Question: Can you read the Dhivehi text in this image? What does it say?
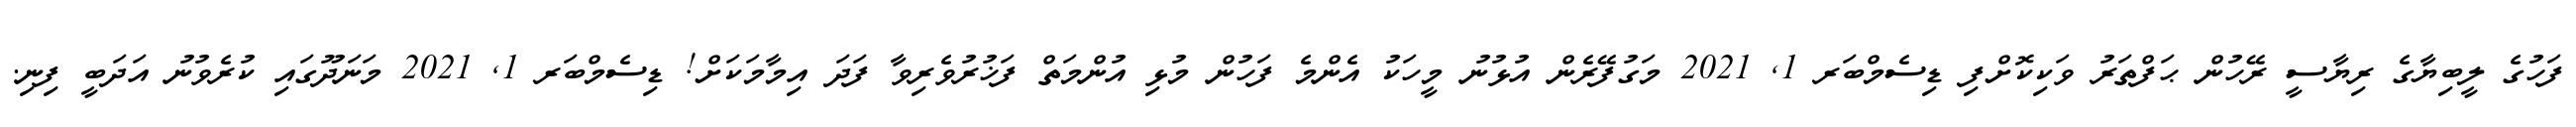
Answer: ފަހުގެ ލީބިޔާގެ ރިޔާސީ ރޭހުން ޙަފްތަރު ވަކިކޮށްފި ޑިސެމްބަރ 1, 2021 މަގުފޭރެން އުޅުނު މީހަކު އެންމެ ފަހުން މުޅި އުންމަތް ފަޚުރުވެރިވާ ފަދަ އިމާމަކަށް! ޑިސެމްބަރ 1, 2021 މަނަދޫގައި ކުރެވުނު އަދަބީ ފިނި.